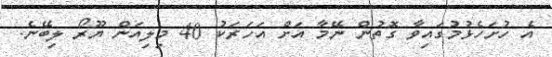
އެ ހުށަހެޅުމުގައިވާ ގޮތުން ނޭމާ އަށް އަހަރަކު 40 މިލިއަން ޔޫރޯ ލިބޭނެ.